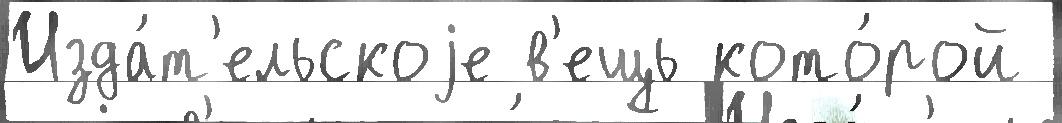
Изда́т'ельскоjе в'ещь кото́рой